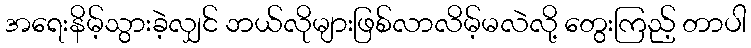
အရေးနိမ့်သွားခဲ့လျှင် ဘယ်လိုများဖြစ်လာလိမ့်မလဲလို့ တွေးကြည့် တာပါ